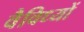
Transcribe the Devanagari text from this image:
वैविध्यों